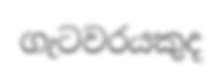
ගැටවරයකුද